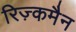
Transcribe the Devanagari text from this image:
रिज़्कमैन